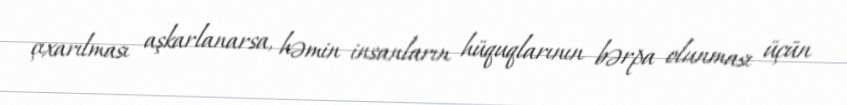
çıxarılması aşkarlanarsa, həmin insanların hüquqlarının bərpa olunması üçün